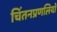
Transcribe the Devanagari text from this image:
चिंतनप्रणलियों